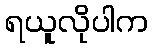
ရယူလိုပါက